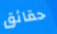
حقائق